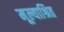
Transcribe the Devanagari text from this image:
मूल्याश्रित